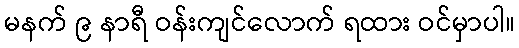
မနက် ၉ နာရီ ဝန်းကျင်လောက် ရထား ဝင်မှာပါ။